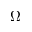
\Omega